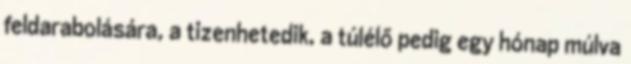
feldarabolására, a tizenhetedik, a túlélő pedig egy hónap múlva